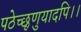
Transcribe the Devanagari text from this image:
पठेच्छृणुयादपि।।